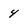
Character: 4